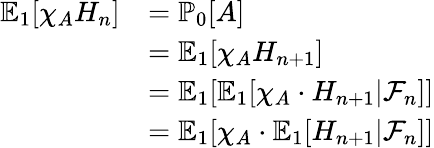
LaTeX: \begin{array}{rl}{\mathbb{E}_{1}[\chi_{A}H_{n}]}&{=\mathbb{P}_{0}[A]}\\ &{=\mathbb{E}_{1}[\chi_{A}H_{n+1}]}\\ &{=\mathbb{E}_{1}[\mathbb{E}_{1}[\chi_{A}\cdot H_{n+1}|\mathcal{F}_{n}]]}\\ &{=\mathbb{E}_{1}[\chi_{A}\cdot\mathbb{E}_{1}[H_{n+1}|\mathcal{F}_{n}]]}\end{array}